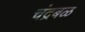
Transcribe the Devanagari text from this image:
चंद्रबळ